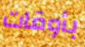
بأوقات